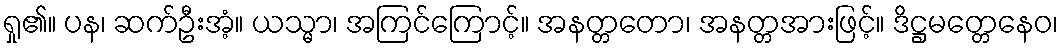
ရှု၏။ ပန၊ ဆက်ဦးအံ့။ ယသ္မာ၊ အကြင်ကြောင့်။ အနတ္တတော၊ အနတ္တအားဖြင့်။ ဒိဋ္ဌမတ္တေနေဝ၊